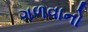
ગળવાનો